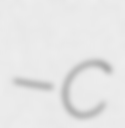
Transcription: – c